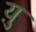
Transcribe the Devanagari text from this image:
य़ु